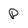
Character: p